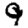
Digit: 9